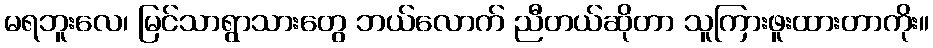
မရဘူးလေ၊ မြင်သာရွာသားတွေ ဘယ်လောက် ညီတယ်ဆိုတာ သူကြားဖူးထားတာကိုး။